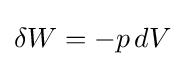
\delta W=-p\,dV